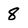
Character: 8